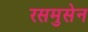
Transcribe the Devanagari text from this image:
रसमुसेन